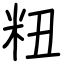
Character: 粈